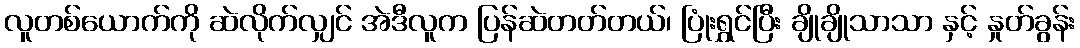
လူတစ်ယောက်ကို ဆဲလိုက်လျှင် အဲဒီလူက ပြန်ဆဲတတ်တယ်၊ ပြုံးရွှင်ပြီး ချိုချိုသာသာ နှင့် နှုတ်ခွန်း